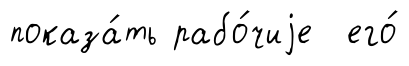
показа́ть рабо́чиjе его́